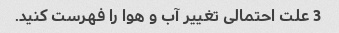
3 علت احتمالی تغییر آب و هوا را فهرست کنید.